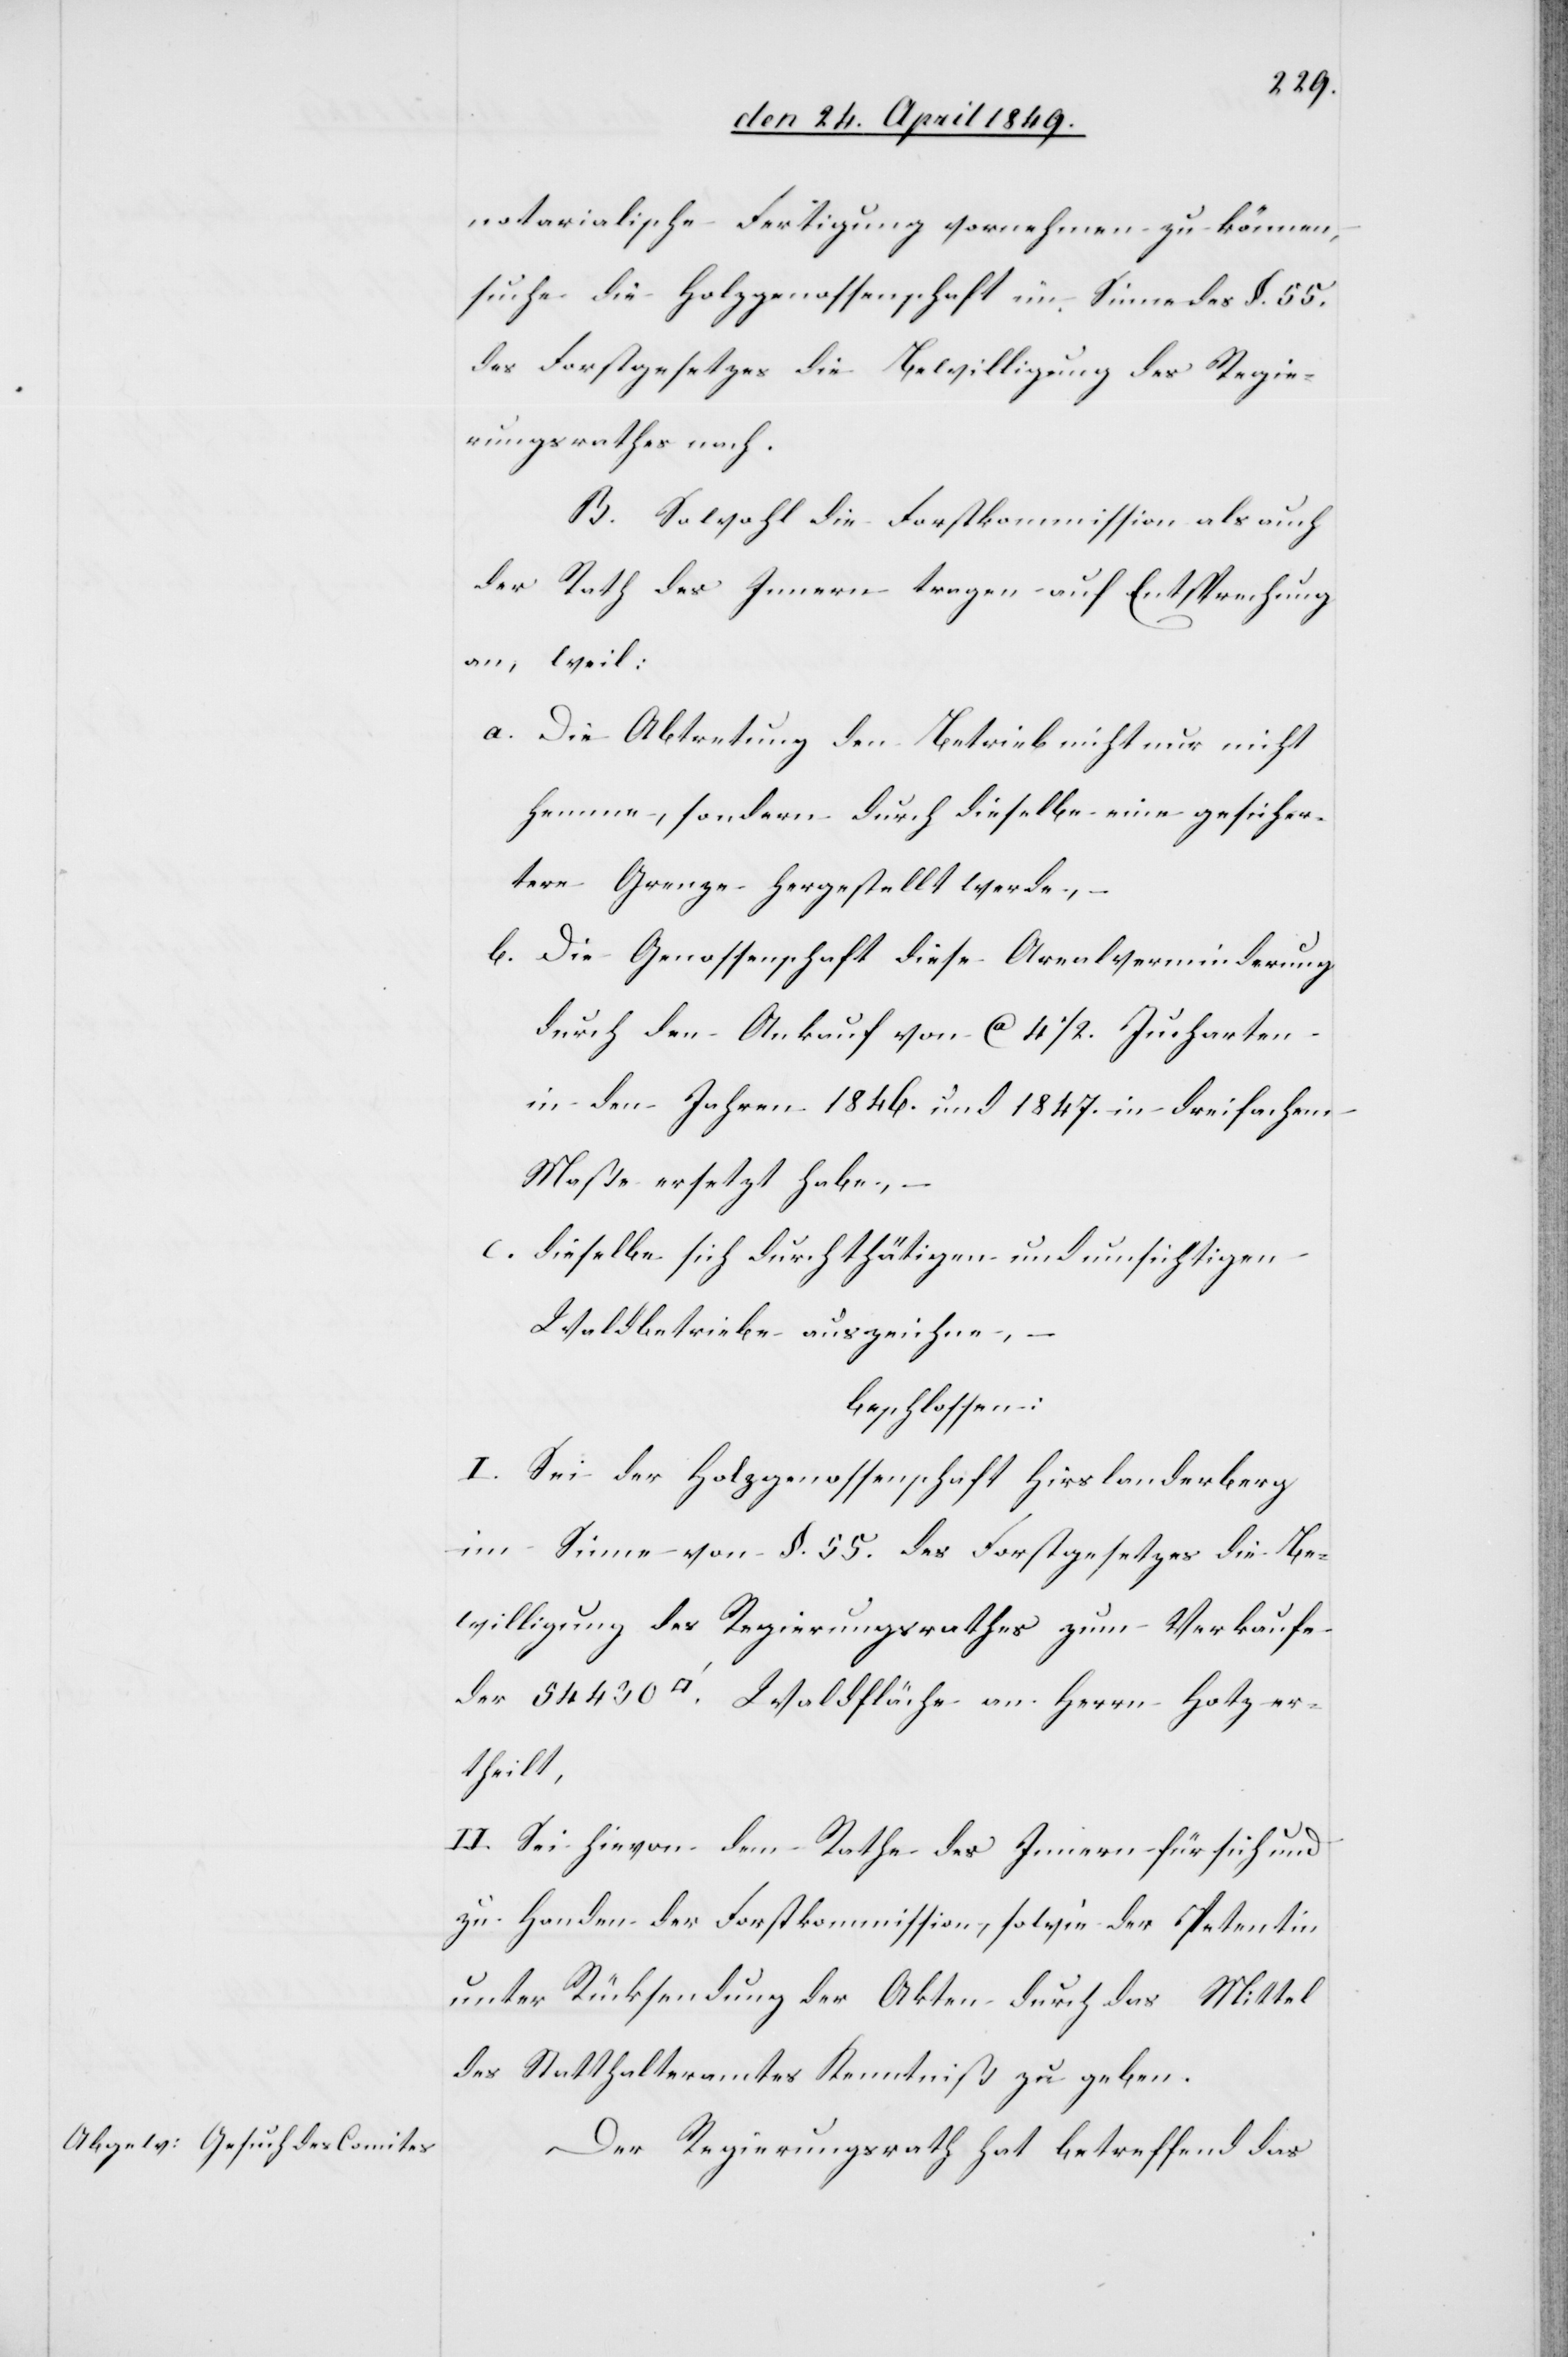
notarialische Fertigung vornehmen zu können,
suche die Holzgenossenschaft im Sinne des §. 55.
des Forstgesetzes die Bewilligung des Regie¬
rungsrathes nach.
B. Sowohl die Forstkommission als auch
der Rath des Innern tragen auf Entsprechung
an, weil:
a. Die Abtretung den Betrieb nicht nur nicht
hemme, sondern durch dieselbe eine gesicher¬
tere Grenze hergestellt werde,
b. Die Genossenschaft diese Arealverminderung
durch den Ankauf von ca 41/2. Jucharten
in den Jahren 1846. und 1847. in dreifachem
Maße ersetzt habe, –
c. dieselben sich durch thätigen und umsichtigen
Waldbetriebe auszeichne, –
beschlossen:
I. Sei der Holzgenossenschaft Hirslanderberg
im Sinne von §. 55. des Forstgesetzes die Be¬
willigung des Regierungsrathes zum Verkaufe
der 54 430. [Quadratfuß] Waldfläche an Herrn Hotz er¬
theilt,
II: Sei hievon dem Rathe des Innern für sich und
zu Handen der Forstkommission, sowie der Petentin
unter Rücksendung der Akten durch das Mittel
des Statthalteramtes Kenntniß zu geben.
Der Regierungsrath hat betreffend das